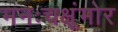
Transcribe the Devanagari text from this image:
मनःचक्षूंमोर